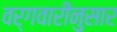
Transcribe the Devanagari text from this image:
वर्गवारीनुसार